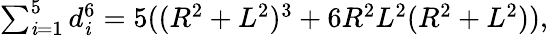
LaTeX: \textstyle\sum_{\mathit{i}=1}^{5}d_{\mathit{i}}^{6}=5((R^{2}+L^{2})^{3}+6R^{2}L^{2}(R^{2}+L^{2})),